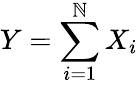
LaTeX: Y=\sum_{i=1}^{\mathbb{N}}X_{i}